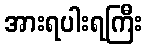
အားရပါးရကြီး